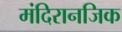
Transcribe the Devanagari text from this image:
मंदिरानजिक